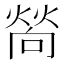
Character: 𤍀